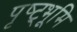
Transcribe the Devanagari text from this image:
पृष्ट्भूमि